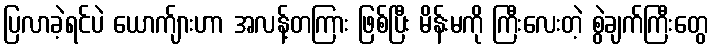
ပြလာခဲ့ရင်ပဲ ယောက်ျားဟာ အလန့်တကြား ဖြစ်ပြီး မိန်းမကို ကြီးလေးတဲ့ စွဲချက်ကြီးတွေ